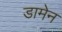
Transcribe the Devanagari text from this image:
डामेन